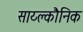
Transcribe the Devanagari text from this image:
साय्क्लौनिक